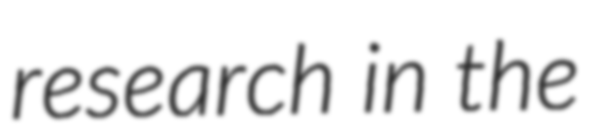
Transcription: research in the